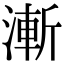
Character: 漸